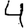
Digit: 4